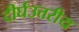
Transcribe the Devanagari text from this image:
दीर्घउत्तरीय